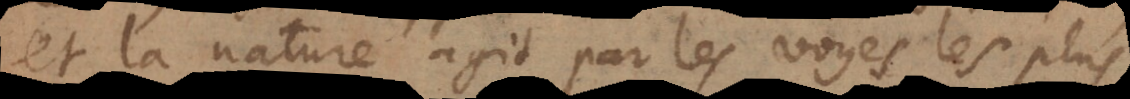
et la nature agit par les voyes les plus